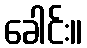
ခေါင်း။